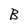
Character: B